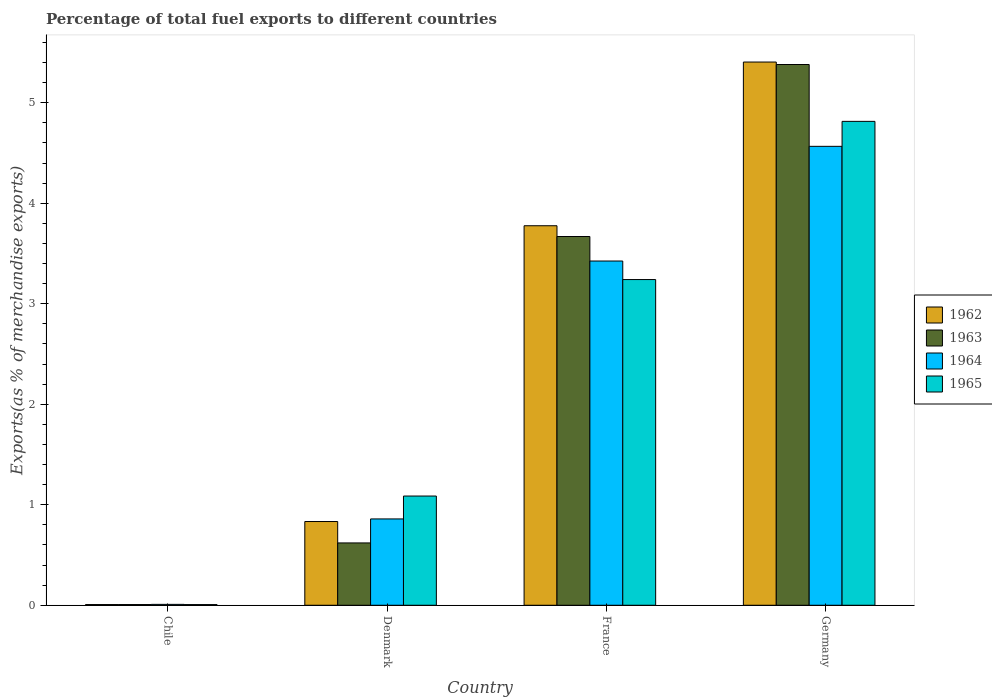
| Country | 1962 | 1963 | 1964 | 1965 |
 | --- | --- | --- | --- | --- |
 | Chile | 0.00701 | 0.00708 | 0.00893 | 0.00676 |
 | Denmark | 0.833 | 0.62 | 0.859 | 1.09 |
 | France | 3.78 | 3.67 | 3.43 | 3.24 |
 | Germany | 5.4 | 5.38 | 4.57 | 4.81 |